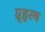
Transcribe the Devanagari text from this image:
ग्रृहस्थ